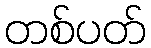
တစ်ပတ်